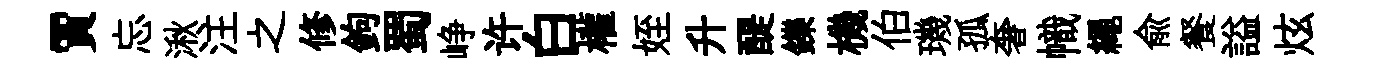
賈忘湫注之修鉤蜀峥许白權姪升醍鑠機伯璣孤奢幟繩俞餐謚炫